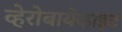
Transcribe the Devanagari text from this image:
व्हेरोबायेव्हाइट